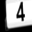
Digit: 4